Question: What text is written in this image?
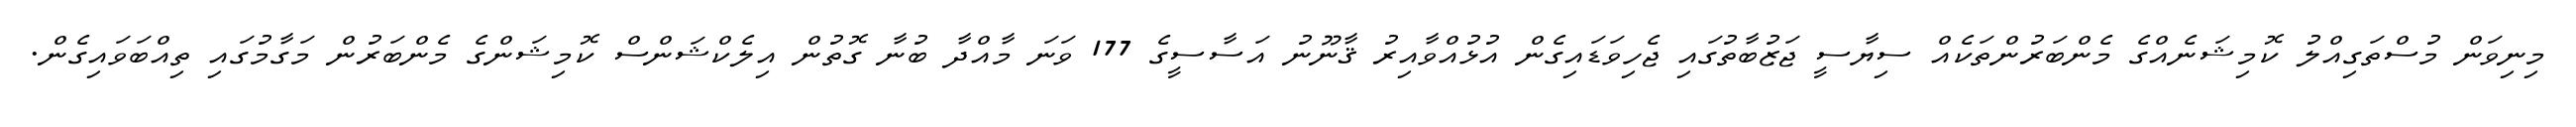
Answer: މިނިވަން މުސްތަގިއްލު ކޮމިޝަނެއްގެ މެންބަރުންތަކެއް ސިޔާސީ ޖަޒުބާތުގައި ޖެހިވަޑައިގެން އުޅުއްވާއިރު ޤާނޫނު އަސާސީގެ 177 ވަނަ މާއްދާ ބުނާ ގޮތުން އިލެކްޝަންސް ކޮމިޝަންގެ މެންބަރުން މަގާމުގައި ތިއްބަވައިގެން.